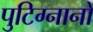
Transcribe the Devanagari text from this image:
पुटिग्नानो